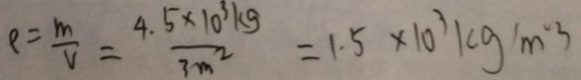
\rho = \frac { m } { V } = \frac { 4 . 5 \times 1 0 ^ { 3 } k g } { 3 m ^ { 2 } } = 1 . 5 \times 1 0 ^ { 3 } k g / m ^ { 3 }